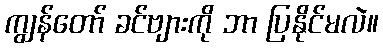
ကျွန်တော် ခင်ဗျားကို ဘာ ပြနိုင်မလဲ။